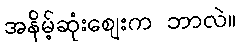
အနိမ့်ဆုံးဈေးက ဘာလဲ။